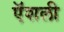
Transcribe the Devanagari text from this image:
ऍशली